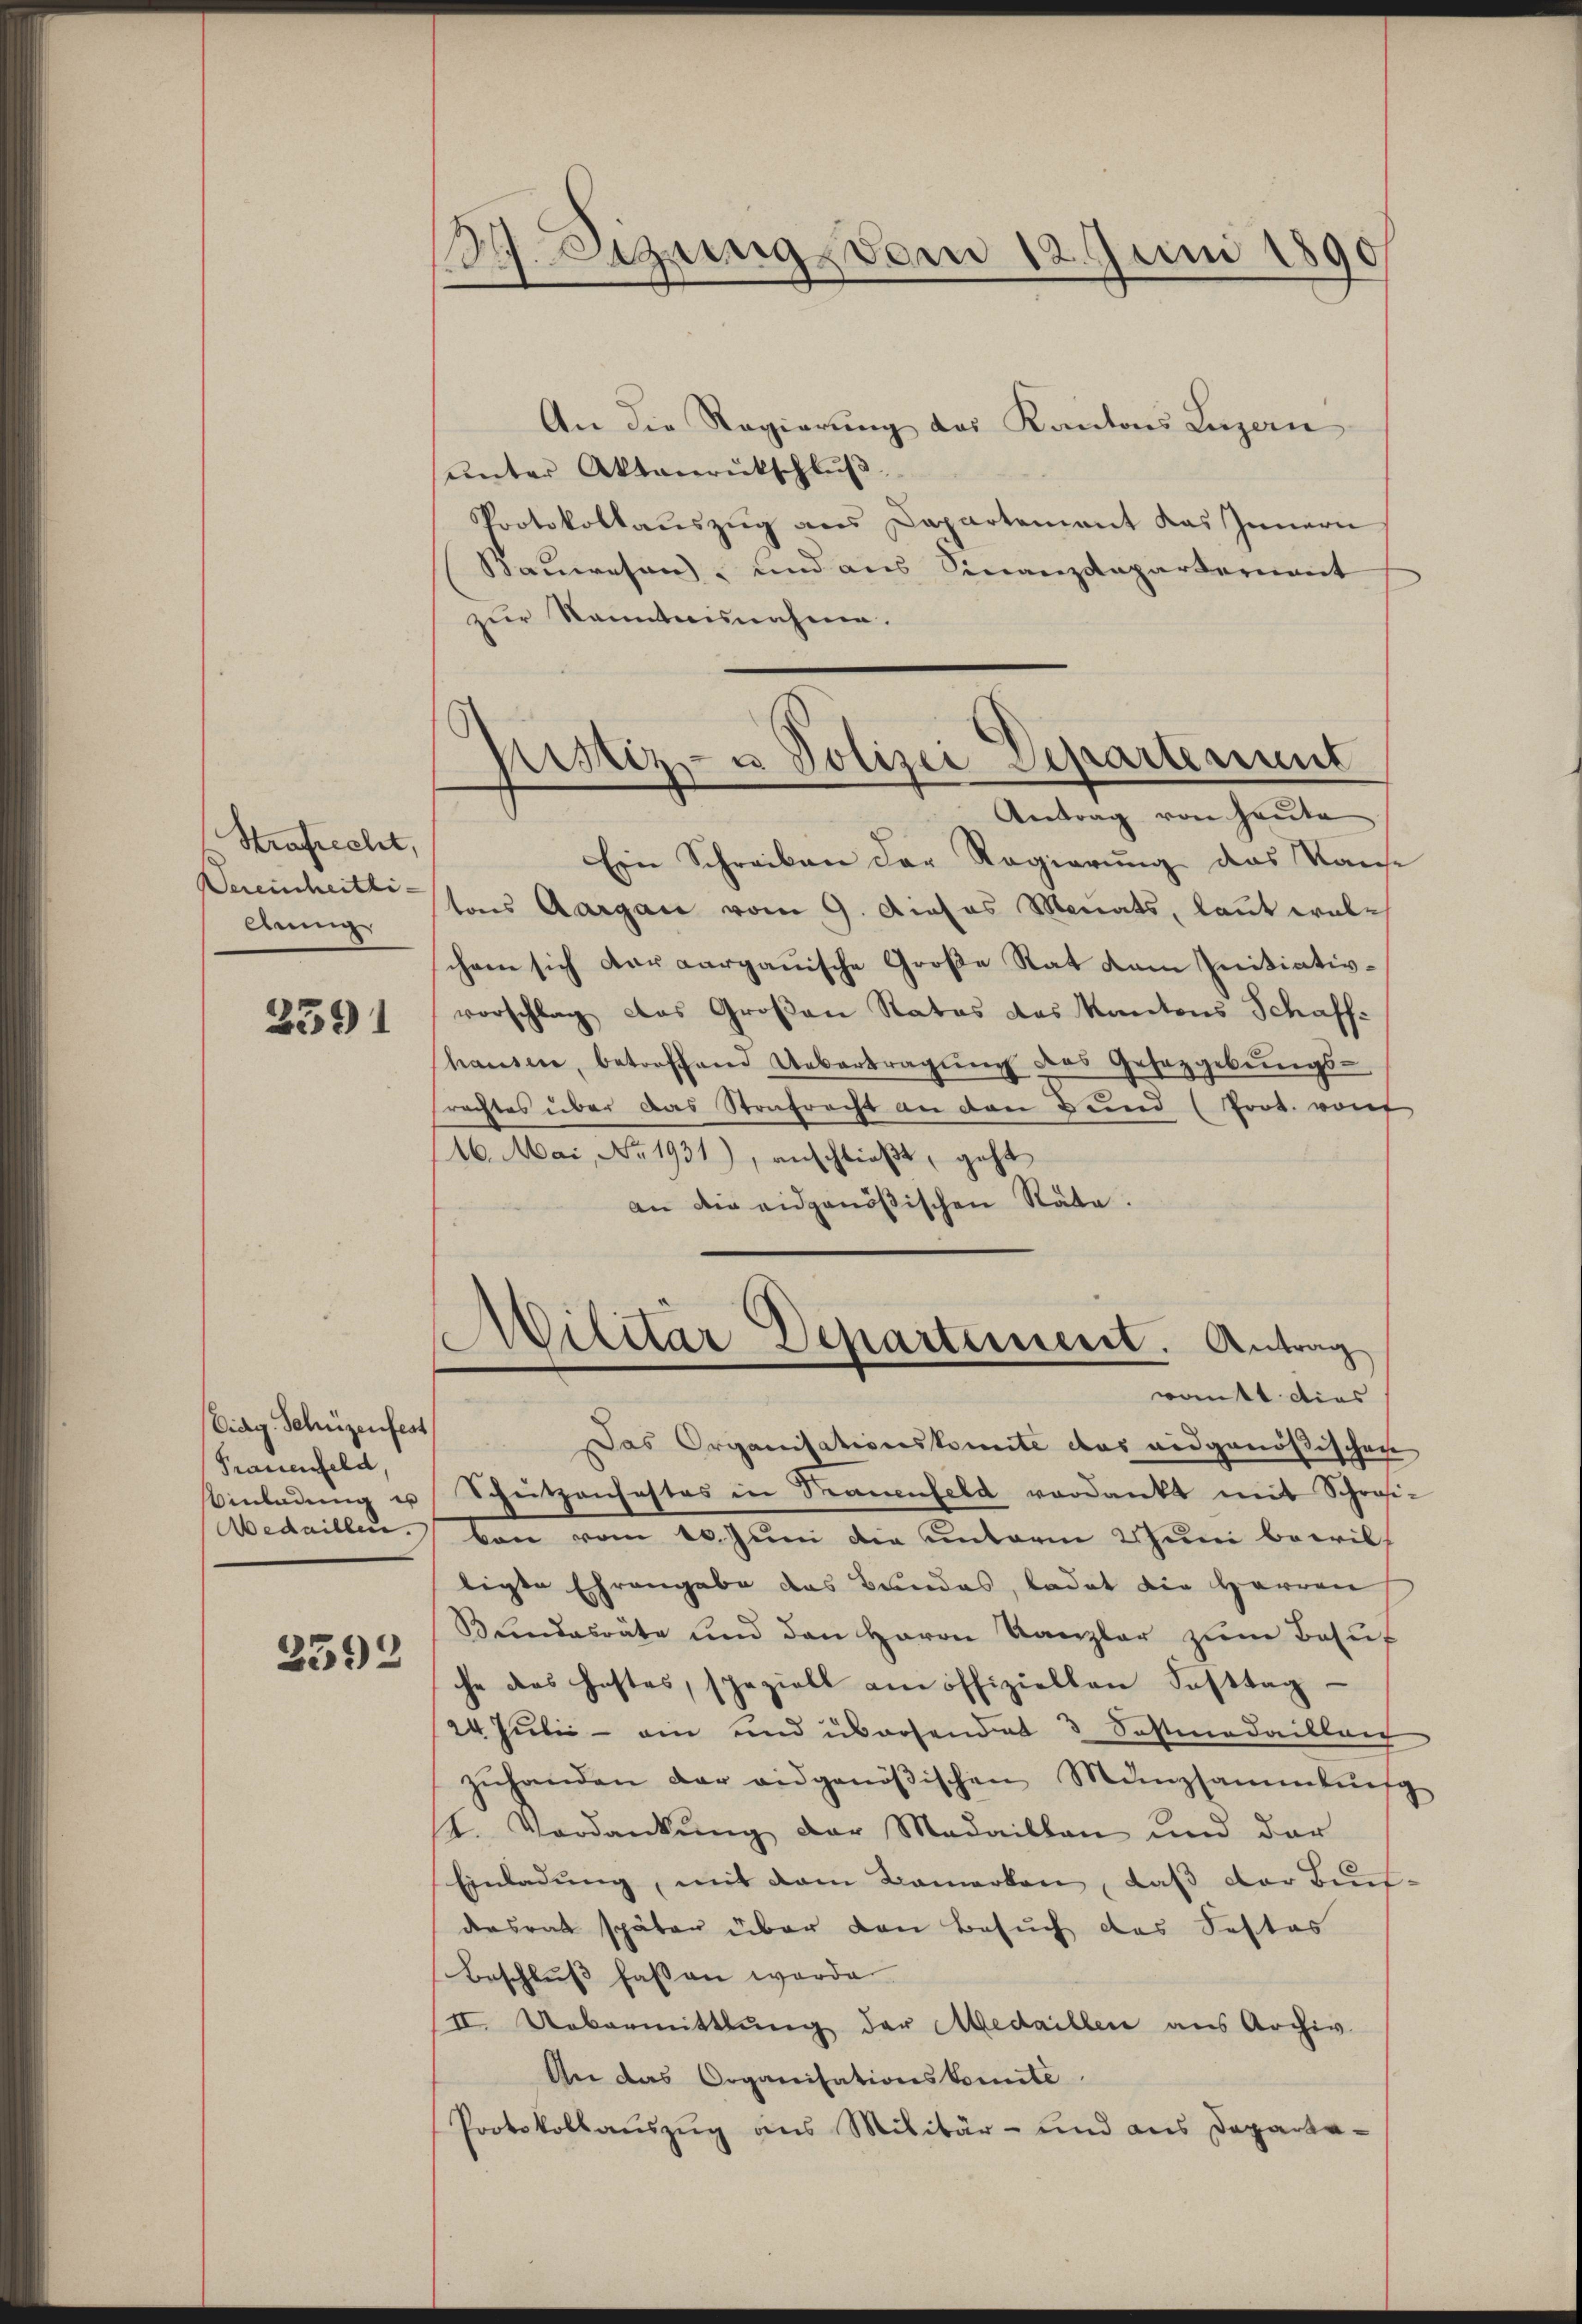
Strafrecht,
Ang

2591

Eidg. Schüzenfest
Prauenfeld,
Einladung u

2392

. Szungs vom 18. Juni 1890

An die Regierung des Kantons Luzern
ŭnter Aktenrückschlŭβ
Protokollaŭszŭg ans Departement das Innern
Bauwesen, und aus Finanzdeparternant
zur Kenntnisnahme.
Ein Schreiben der Regierung das Kaise
Daeinheit sons Aargau vom 9. dieses Monats, laut welschein sich der aargauische Große Rat kam Initiativvorschlag das Großen Rates das Kantons Schaff-
hausen, betreffend Uebertragŭng des Gesetzgebungs-
rachtes über das Strafrecht an den Bund (Prot. von
16. Mai, No 1931), anschließt, geht
an die eidgenößischen Räte.
)
.
.
Militär Departement. Antrag
wankt dies
Das Organisationskomite das eidgenößischen
Schützenhaftes in Trauenfeld verdankt mit Schrasi-
Medaillen von vom 10. Juni die unterm 2 Juni bewilligte Ehrengabe das Bundes, ladet die Herren
Bŭndesräte und den Herrn Kanzler zŭm Behuf
he des Festes, speziell am offiziellen Fasttag
24 Juli - ein und übersendet 3 Sostmedailleic
zŭhanden der ausgenößischen Münzsammlung
st. Verdankŭng der Medaillen und dar
Einladung, mit dem Bemerken, daß der Buch-
desrat späten über den Besuch des Festes
Beschlŭβ fassen werde.
II. Uebermittlung der Medaillen aus Archiv
An das Organisationskomite
Protokollauszug aus Militär- und aus Departe¬

Astiz- u Polizei Separtement
Antrag von Heute